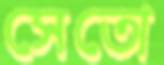
সেতো